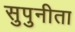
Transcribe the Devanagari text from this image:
सुपुनीता